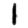
Digit: 1